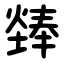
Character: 㷯